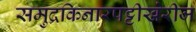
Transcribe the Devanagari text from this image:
समुद्रकिनारपट्टीखेरीज